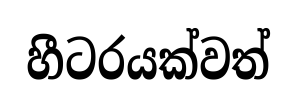
හීටරයක්වත්